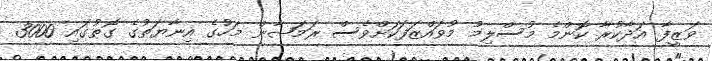
ވަޒީފާ އަދާކުރާ ކޮންމެ މުސްލިމު މުވައްޒަފަކަށްވެސް ރަމަޟާން މަހުގެ އިނާޔަތުގެ ގޮތުގައި 3000